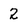
Character: 2